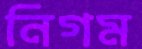
নিগম